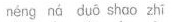
néng ná duō shāo zhī